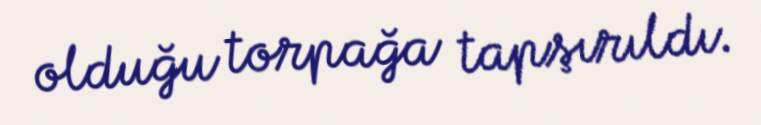
olduğu torpağa tapşırıldı.